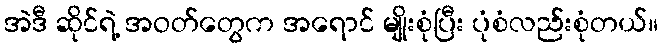
အဲဒီ ဆိုင်ရဲ့ အဝတ်တွေက အရောင် မျိုးစုံပြီး ပုံစံလည်းစုံတယ်။